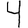
Digit: 4